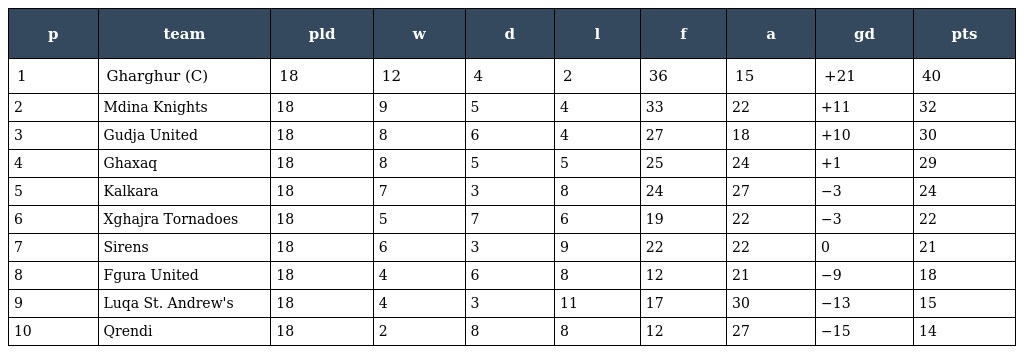
| p | team | pld | w | d | l | f | a | gd | pts |
 | --- | --- | --- | --- | --- | --- | --- | --- | --- | --- |
 | 1 | Gharghur (C) | 18 | 12 | 4 | 2 | 36 | 15 | +21 | 40 |
 | 2 | Mdina Knights | 18 | 9 | 5 | 4 | 33 | 22 | +11 | 32 |
 | 3 | Gudja United | 18 | 8 | 6 | 4 | 27 | 18 | +10 | 30 |
 | 4 | Ghaxaq | 18 | 8 | 5 | 5 | 25 | 24 | +1 | 29 |
 | 5 | Kalkara | 18 | 7 | 3 | 8 | 24 | 27 | −3 | 24 |
 | 6 | Xghajra Tornadoes | 18 | 5 | 7 | 6 | 19 | 22 | −3 | 22 |
 | 7 | Sirens | 18 | 6 | 3 | 9 | 22 | 22 | 0 | 21 |
 | 8 | Fgura United | 18 | 4 | 6 | 8 | 12 | 21 | −9 | 18 |
 | 9 | Luqa St. Andrew's | 18 | 4 | 3 | 11 | 17 | 30 | −13 | 15 |
 | 10 | Qrendi | 18 | 2 | 8 | 8 | 12 | 27 | −15 | 14 |